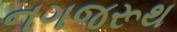
નગજરૂથ